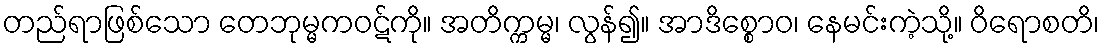
တည်ရာဖြစ်သော တေဘုမ္မကဝဋ်ကို။ အတိက္ကမ္မ၊ လွန်၍။ အာဒိစ္စောဝ၊ နေမင်းကဲ့သို့။ ဝိရောစတိ၊